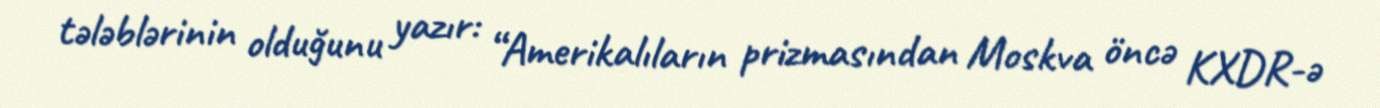
tələblərinin olduğunu yazır: “Amerikalıların prizmasından Moskva öncə KXDR-ə